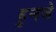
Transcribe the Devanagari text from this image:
हुनजे